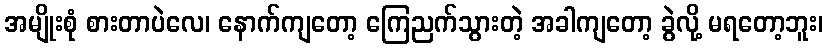
အမျိုးစုံ စားတာပဲလေ၊ နောက်ကျတော့ ကြေညက်သွားတဲ့ အခါကျတော့ ခွဲလို့ မရတော့ဘူး၊